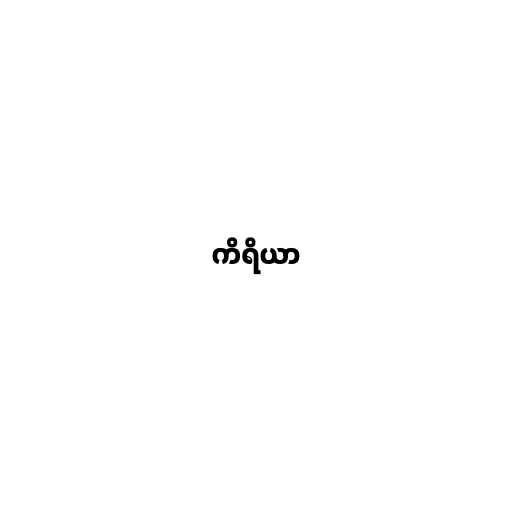
ကိရိယာ